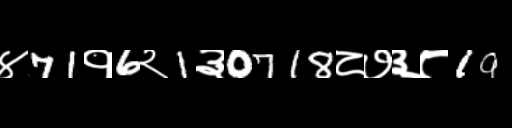
Text: ४71१6२1३0718८७३८19